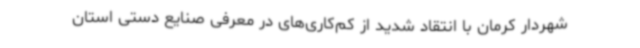
شهردار کرمان با انتقاد شدید از کم‌کاری‌های در معرفی صنایع دستی استان